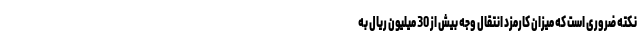
نکته ضروری است که میزان کارمزد انتقال وجه بیش از 30 میلیون ریال به